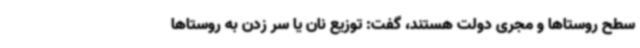
سطح روستاها و مجری دولت هستند، گفت: توزیع نان یا سر زدن به روستاها